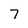
Character: 7